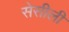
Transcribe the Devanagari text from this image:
सेसीली